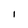
Character: l